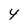
Character: 4